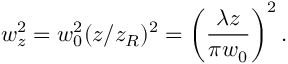
w _ { z } ^ { 2 } = w _ { 0 } ^ { 2 } ( z / z _ { R } ) ^ { 2 } = \left( \frac { \lambda z } { \pi w _ { 0 } } \right) ^ { 2 } .